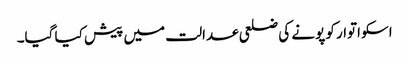
اسکو اتوار کو پونے کی ضلعی عدالت میں پیش کیا گیا۔